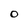
Character: O